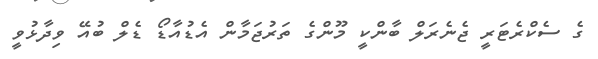
ގެ ސެކްރެޓަރީ ޖެނެރަލް ބާންކީ މޫންގެ ތަރުޖަމާން އެޑުއާޑޯ ޑެލް ބުއޭ ވިދާޅުވީ